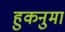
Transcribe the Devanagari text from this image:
हुकनुमा